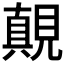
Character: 𰴓